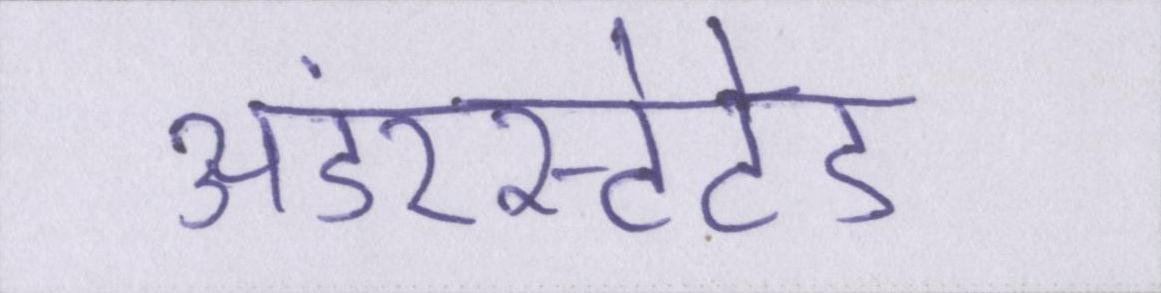
अंडरस्टेटेड